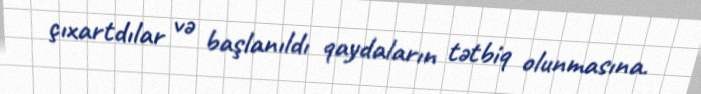
çıxartdılar və başlanıldı qaydaların tətbiq olunmasına.